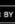
by